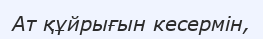
Ат құйрығын кесермін,